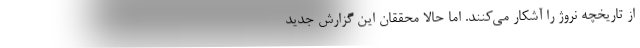
از تاریخچه نروژ را آشکار می‌کنند. اما حالا محققان این گزارش جدید